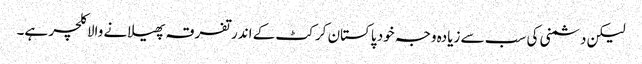
لیکن دشمنی کی سب سے زیادہ وجہ خود پاکستان کرکٹ کے اندر تفرقہ پھیلانے والا کلچر ہے۔